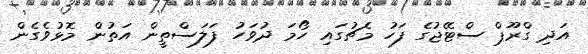
އަދި ގްރޫޕް ސްޓޭޖުގެ ފަހު މެޗުގައި ހޯމަ ދުވަހު ފަލަސްތީން އަތުން މޮޅުވެގެން